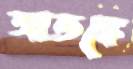
আতঙ্কে